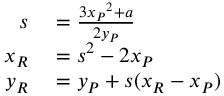
\begin{array} { r l } { s } & { { } = { \frac { 3 { x _ { P } } ^ { 2 } + a } { 2 y _ { P } } } } \\ { x _ { R } } & { { } = s ^ { 2 } - 2 x _ { P } } \\ { y _ { R } } & { { } = y _ { P } + s ( x _ { R } - x _ { P } ) } \end{array}